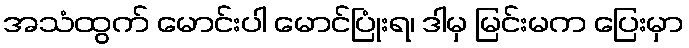
အသံထွက် မောင်းပါ မောင်ပြုံးရ၊ ဒါမှ မြင်းမက ပြေးမှာ